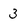
Character: 3